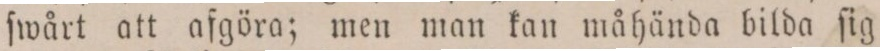
ſwårt att afgöra; men man kan måhända bilda ſig